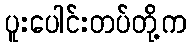
ပူးပေါင်းတပ်တို့က